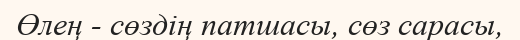
Өлең - сөздің патшасы, сөз сарасы,